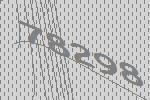
78298